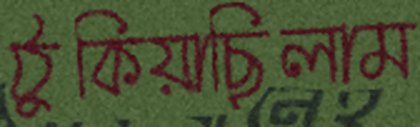
ঠুকিয়াছিলাম